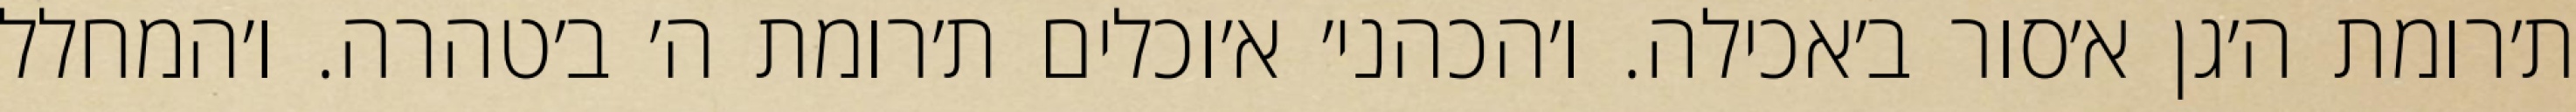
ת׳רומת ה׳גן א׳סור ב׳אכילה. ו׳הכהני׳ א׳וכלים ת׳רומת ה׳ ב׳טהרה. ו׳המחלל